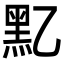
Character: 𪐘